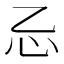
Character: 𰐺